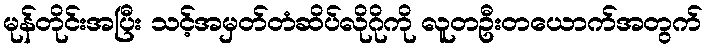
မုန်တိုင်းအပြီး သင့်အမှတ်တံဆိပ်လိုဂိုကို လူတဦးတယောက်အတွက်